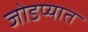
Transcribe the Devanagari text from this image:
जोडप्यात